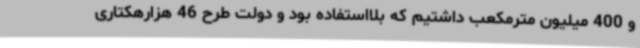
و 400 میلیون مترمکعب داشتیم که بلااستفاده بود و دولت طرح 46 هزارهکتاری